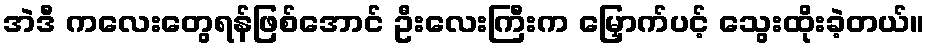
အဲဒီ ကလေးတွေရန်ဖြစ်အောင် ဦးလေးကြီးက မြှောက်ပင့် သွေးထိုးခဲ့တယ်။